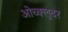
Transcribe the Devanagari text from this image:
ओच्क्लुदर